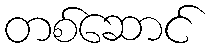
တစ်ဆောင်